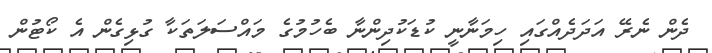
ދެން ނެރޭ އަދަދެއްގައި ހިމަނާނީ ކުޑަކުދިންނާ ބެހުމުގެ މައްސަލަތަކާ ގުޅިގެން އެ ކޯޓުން